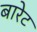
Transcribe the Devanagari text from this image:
बारेट